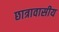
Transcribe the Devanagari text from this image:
छात्रावासीय